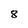
Character: 8